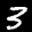
Label: 3